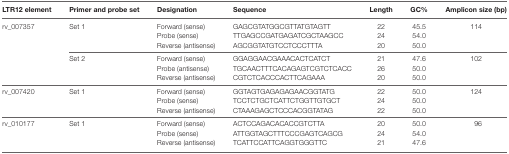
<table><thead><tr><td><b>LTR12 element</b></td><td><b>Primer and probe set</b></td><td><b>Designation</b></td><td><b>Sequence</b></td><td><b>Length</b></td><td><b>GC%</b></td><td><b>Amplicon size (bp)</b></td></tr></thead><tbody><tr><td rowspan="7">rv_007357</td><td rowspan="3">Set 1</td><td>Forward (sense)</td><td>GAGCGTATGGCGTTATGTAGTT</td><td>22</td><td>45.5</td><td rowspan="3">114</td></tr><tr><td>Probe (sense)</td><td>TTGAGCCGATGAGATCGCTAAGCC</td><td>24</td><td>54.0</td></tr><tr><td>Reverse (antisense)</td><td>AGCGGTATGTCCTCCCTTTA</td><td>20</td><td>50.0</td></tr><tr><td rowspan="3">Set 2</td><td>Forward (sense)</td><td>GGAGGAACGAAACACTCATCT</td><td>21</td><td>47.6</td><td rowspan="3">102</td></tr><tr><td>Probe (antisense)</td><td>TGCAACTTTCACAGAGTCGTCTCACC</td><td>26</td><td>50.0</td></tr><tr><td>Reverse (antisense)</td><td>CGTCTCACCCACTTCAGAAA</td><td>20</td><td>50.0</td></tr><tr><td rowspan="3">rv_007420</td><td rowspan="3">Set 1</td><td>Forward (sense)</td><td>GGTAGTGAGAGAGAACGGTATG</td><td>22</td><td>50.0</td><td rowspan="3">124</td></tr><tr><td>Probe (sense)</td><td>TCCTCTGCTCATTCTGGTTGTGCT</td><td>24</td><td>50.0</td></tr><tr><td>Reverse (antisense)</td><td>CTAAAGAGCTCCCACGGTATAG</td><td>22</td><td>50.0</td></tr><tr><td rowspan="3">rv_010177</td><td rowspan="3">Set 1</td><td>Forward (sense)</td><td>ACTCCAGACACACCGTCTTA</td><td>20</td><td>50.0</td><td rowspan="3">96</td></tr><tr><td>Probe (sense)</td><td>ATTGGTAGCTTTCCCGAGTCAGCG</td><td>24</td><td>54.0</td></tr><tr><td>Reverse (antisense)</td><td>TCATTCCATTCAGGTGGGTTC</td><td>21</td><td>47.6</td></tr></tbody></table>